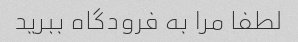
لطفا مرا به فرودگاه ببرید